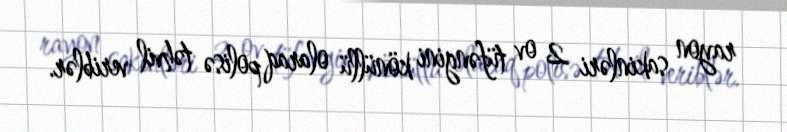
rayon sakinləri 2 ov tüfəngini könüllü olaraq polisə təhvil veriblər.